Senior Leaving Certificate Examination (including Day School Certificate (Higher) General paper), 1949
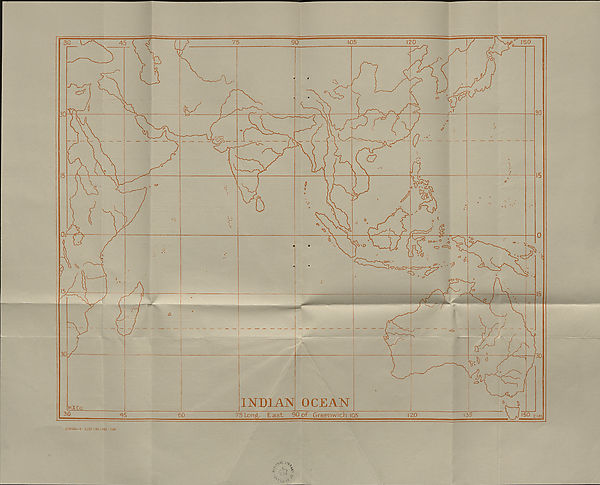
-• iM - %
(C25194—1 2,027-r90-f 182 1/49